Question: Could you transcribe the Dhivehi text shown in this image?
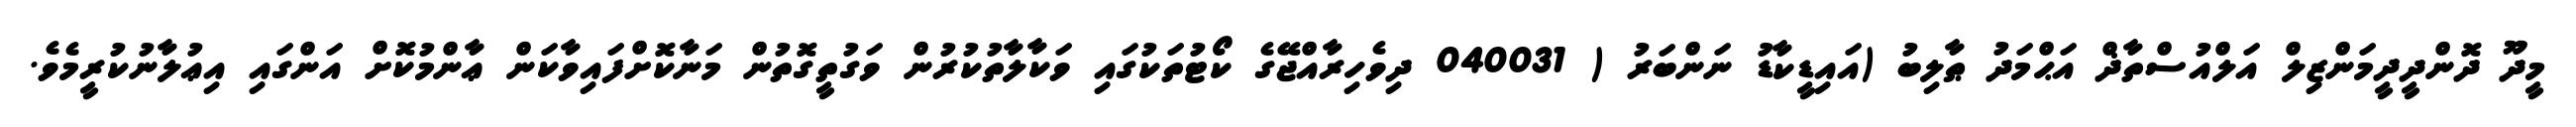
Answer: މީދޫ ދޮންދީދީމަންޒިލް އަލްއުސްތާޛް އަޙްމަދު ޠާލިބު (އައިޑީކާޑު ނަންބަރު ( 040031 ދިވެހިރާއްޖޭގެ ކޯޓުތަކުގައި ވަކާލާތުކުރުން ވަގުތީގޮތުން މަނާކޮށްފައިވާކަން ޢާންމުކޮށް އަންގައި އިޢުލާނުކުރީމެވެ.